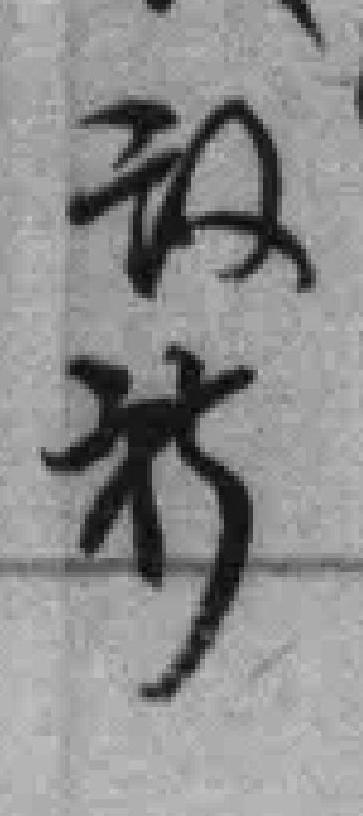
敬祈